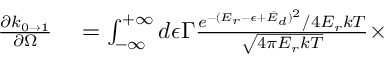
\begin{array} { r l } { \frac { \partial k _ { 0 \rightarrow 1 } } { \partial \Omega } } & { { } = \int _ { - \infty } ^ { + \infty } d \epsilon \Gamma \frac { e ^ { - ( E _ { r } - \epsilon + \bar { E } _ { d } ) ^ { 2 } } / 4 E _ { r } k T } { \sqrt { 4 \pi E _ { r } k T } } \times } \end{array}